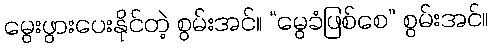
မွေးဖွားပေးနိုင်တဲ့ စွမ်းအင်။ “မွေခံဖြစ်စေ” စွမ်းအင်။